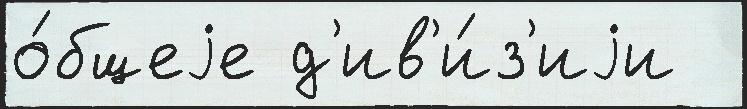
о́бщеjе д'ив'и́з'иjи